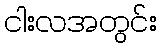
ငါးလအတွင်း